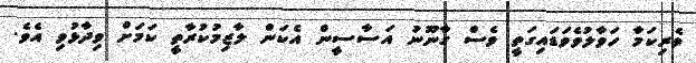
ވެރިކަމާ ހަވާލުވެވަޑައިގަތީ ވެސް ގާނޫނު އަސާސީން އެކަން ލާޒިމުކުރާތީ ކަމަށް ވިދާޅުވި އެވެ.